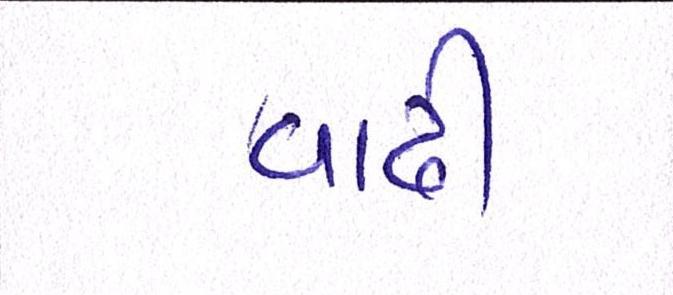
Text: વાઢી